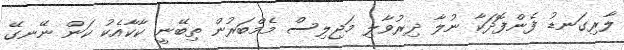
ލާރިގަނޑު ފެންފޮދަކާ ނުލާ ދިރުވާލި މަޖިލިސް މެމްބަރުން ތިބޭނީ ކާކާއެކު ކަން ނޭނގޭ